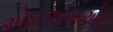
એનએસએન